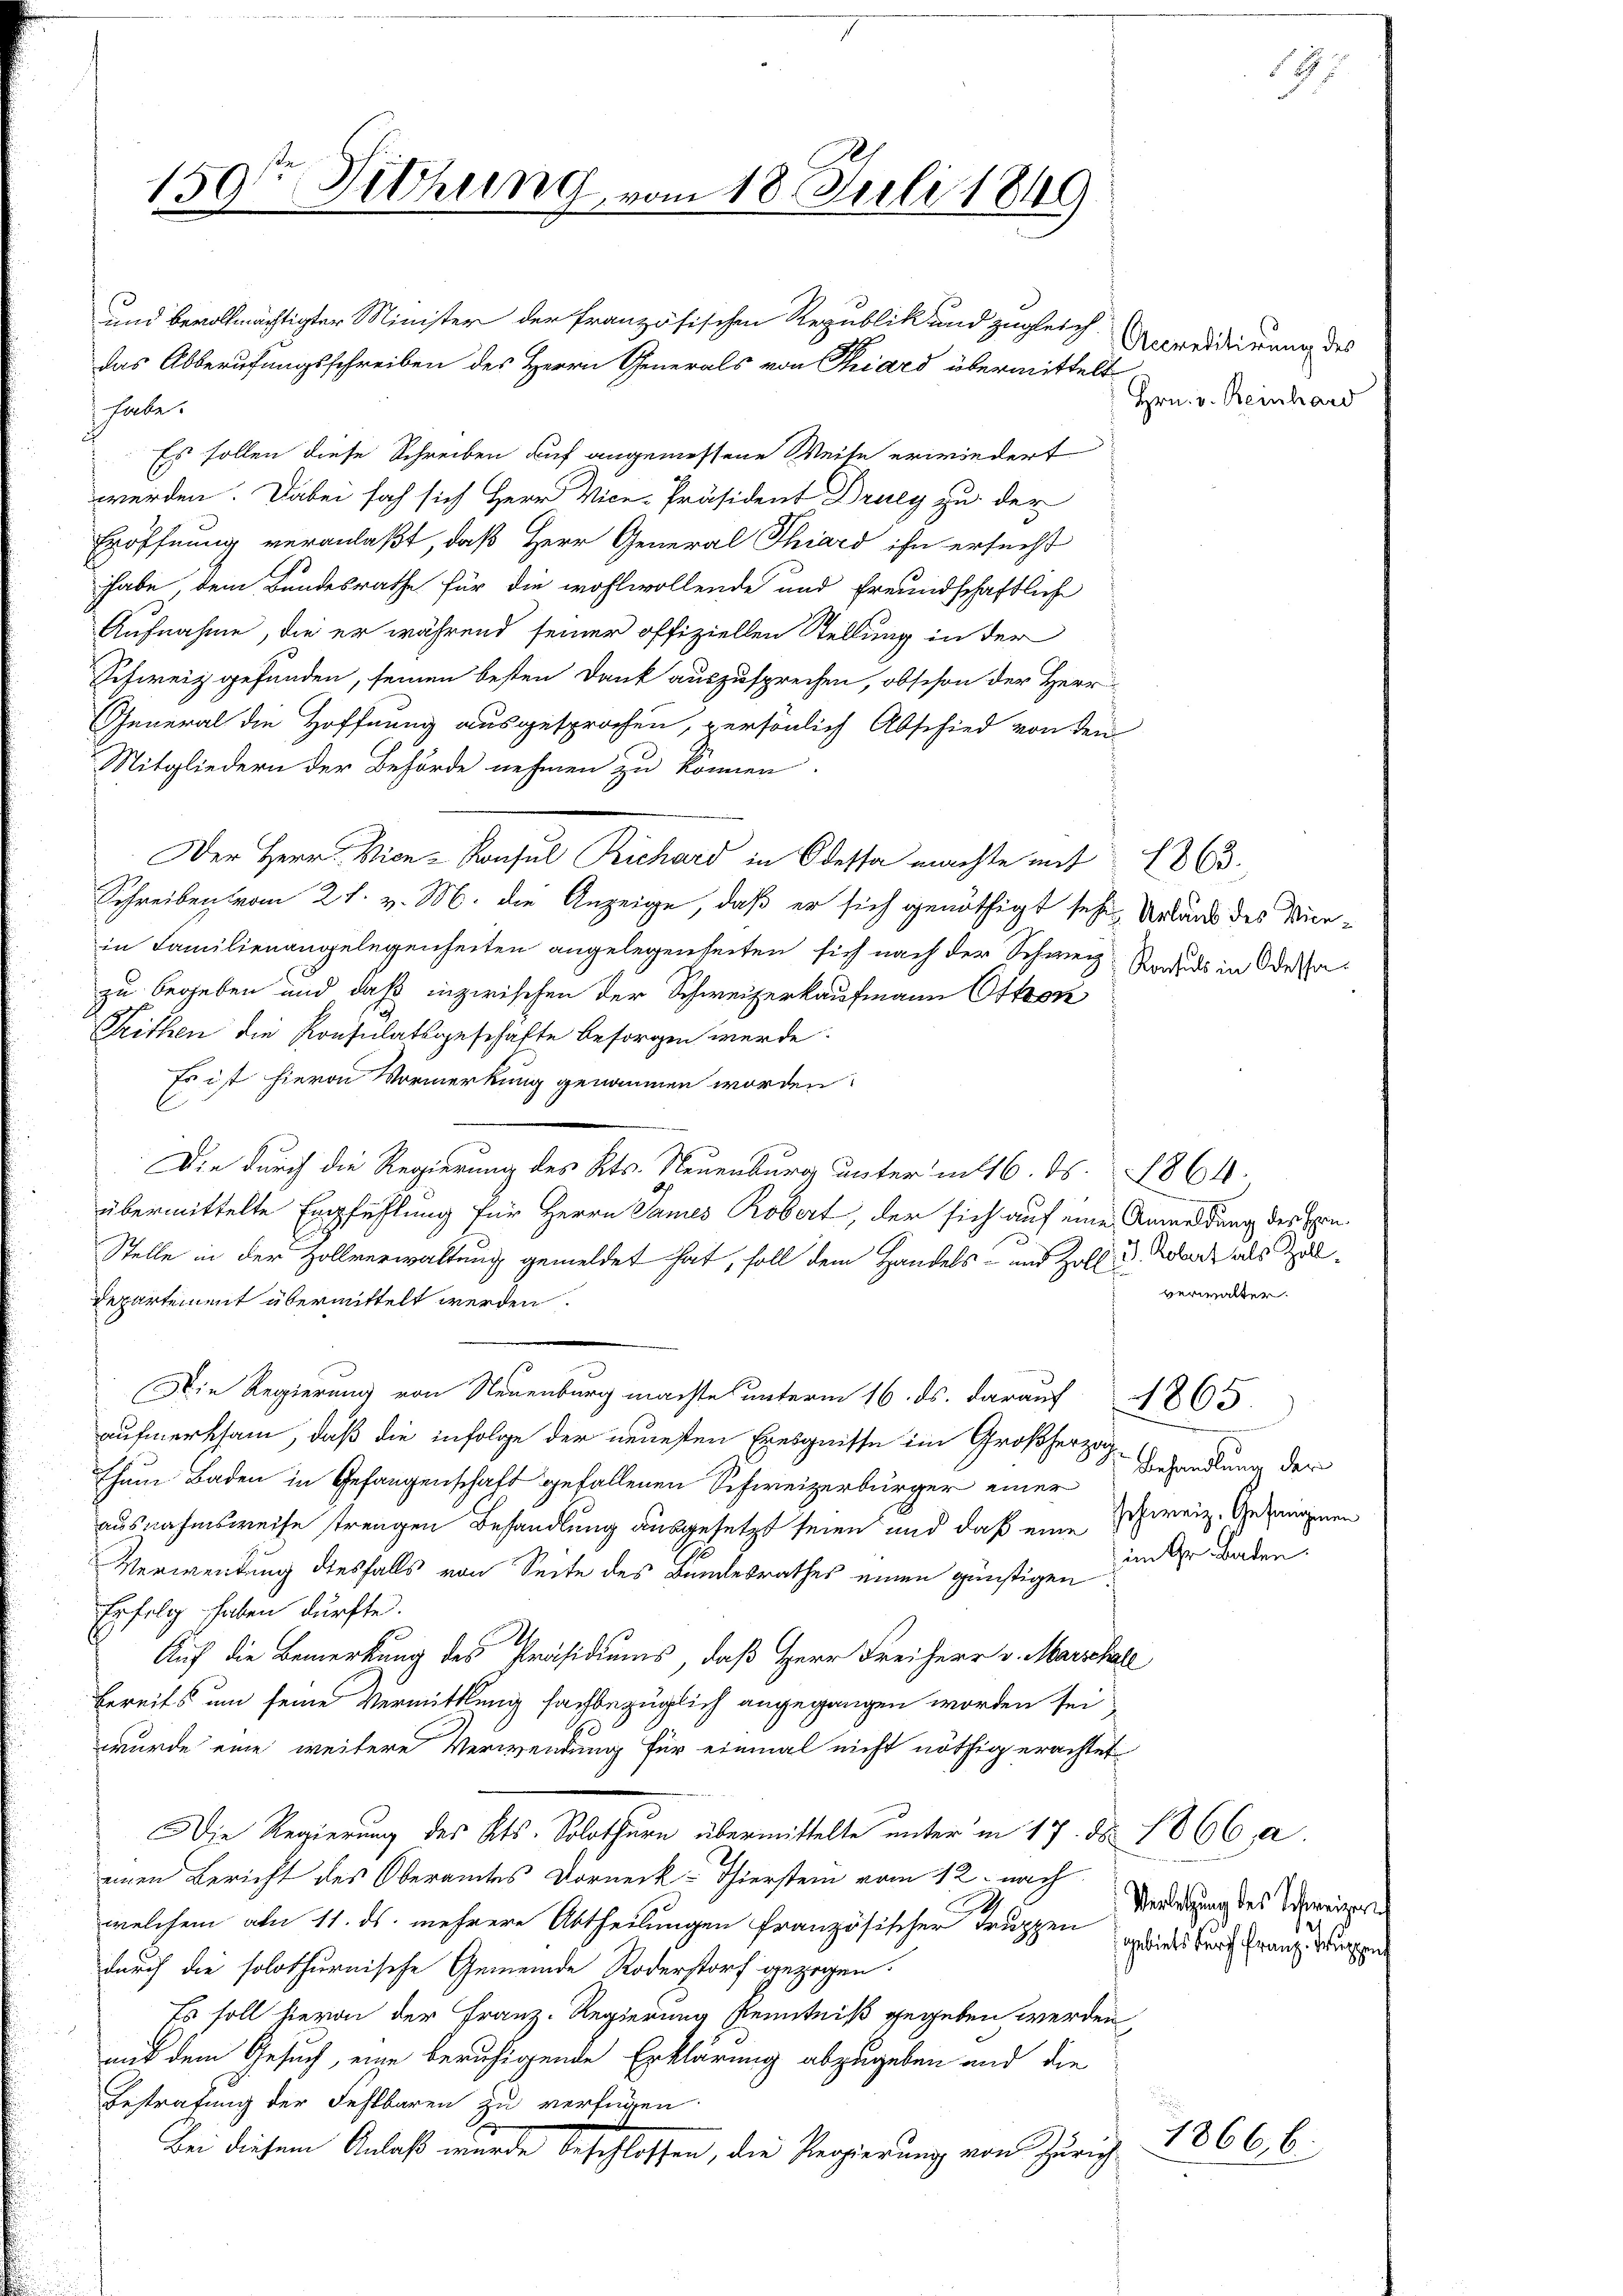
s

150te Sitzung, vom 18. Juli 1849

und bevollmächtigter Minister der französischen Republik und zugleich
das Abberufungsschreiben des Herrn Generals von Thiard übermittelt
 habe.
Es sollen diese Schreiben auf angemessene Weise erwiedert
werden. Dabei sah sich Herr Vice-Präsident Druey zu der
Höffnung veranlaßt, daß Herr General Thiard ihn ersucht
habe, dem Bundesrathe für die wohlwollende und freundschaftliche
Aufnahme, die er während seiner offiziellen Stellung in der
Schweiz gefunden, seinen besten Dank auszusprechen, obschon der Herr
General die Hoffnung ausgesprochen, persönlich Abschied von den
Mitgliedern der Behörde nehmen zu können.
Der Herr Vice-Konsul Richard in Odessa machte mit 1863.
Schreiben vom 21. v. M. die Anzeige, daß er sich genöthigt sehen Unland des Vicein Familienangelegenheiten angelegenseiten, sich nach der Schweiz. Reducs in destazu begeben und daß inzwischen der Schweizerkaufmann Ottok
Seithen die Konsulatsgeschäfte besorgen werde.
Es ist hievon Vormerkung genommen worden
übermittelte Empfehlung für Herrn James Robert, der sich auf eine Anmeldung des Ein¬
Stelle in der Zollverwaltung gemeldet hat, soll dem Handels- und Zoll u. Robert als Zol¬
Repartement übermittelt werden.
Die Regierung von Neuenburg machte unterm 16. ds. darauf 1865.
aufmerksam, daß die infolge der neuesten Ereignisse im Großherzog
thum Baden in Gefangenschaft gefallenen Schweizerbürger einer Behandlung der
ausnahmsweise trengen Behandlung ausgesetzt seien und daß eine schweiz. Gesangenen
Verwendung diesfalls von Seite des Bundesrathes einen günstigen
Erfolg haben dürfte.
Auf die Bemerkung des Präsidiums, daß Herr Freiherr v. Marschall
bereits um seine Vermittlung fachbezüglich angegangen worden sei,
wurde eine weitere Verwendung für einmal nicht nöthig erachtet
Die Regierung des Kts. Solothurn übermittelte unter in 17. d. 1866 a.
einen Bericht des Oberamtes Dorneck-Thierstein vom 12. nach
welchem am 11. ds. mehrere Abtheilungen französischer Truppen griester Frauf den
durch die solothurnische Gemeinde Roderstorf gezogen.
Es soll hievon der Franz-Regierung Kenntniß gegeben werden,
mit dem Gesuch, eine beruhigende Erklärung abzugeben und die
Bestrafung der Fehlbaren zu verfügen.
Bei diesem Anlaß wurde beschlossen, die Regierung von Hörig

Die durch die Regierung des Kts. Neuenburg unter in 16. d. 1864.

Accreditirung des
Hrn. v. Reinhard

verwalter.

.

Verletzung des Schweizer

im Gr. Baden.

1866 b